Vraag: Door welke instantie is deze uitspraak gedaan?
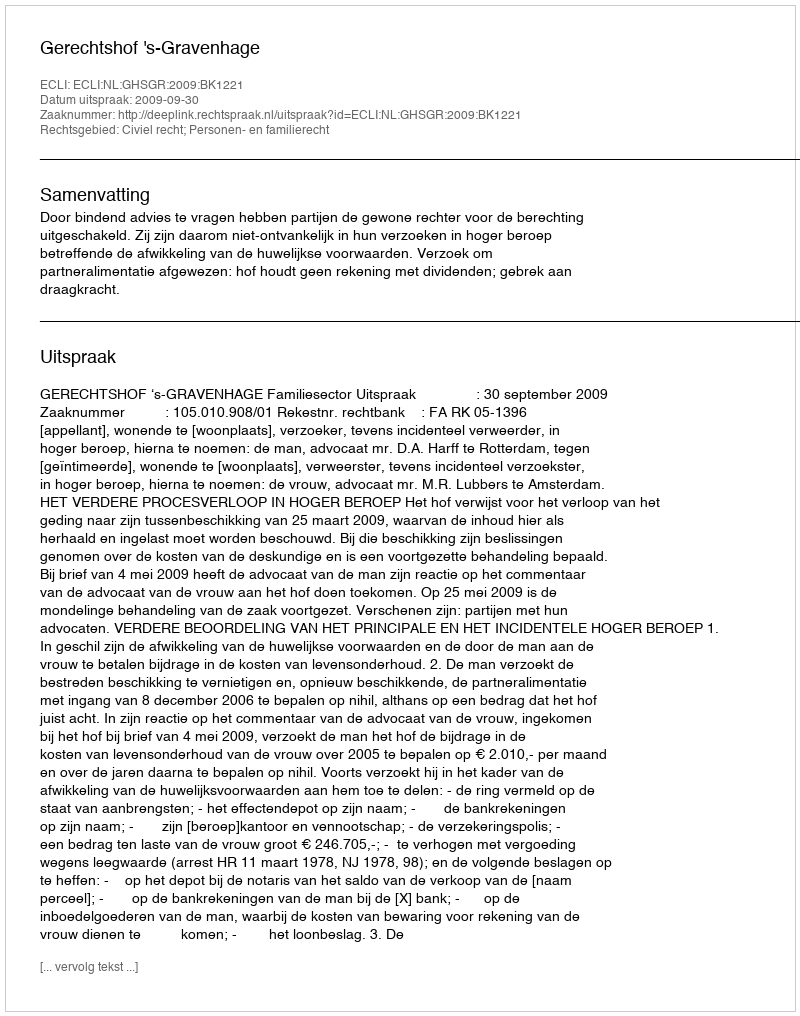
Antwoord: Gerechtshof 's-Gravenhage